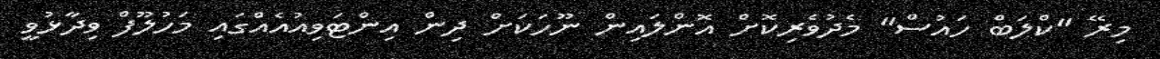
މިރޭ "ކްލަބް ހައުސް" މެދުވެރިކޮށް އޮންލައިން ނޫހަކަށް ދިން އިންޓަވިއުއެއްގައި މަހުލޫފް ވިދާޅުވީ